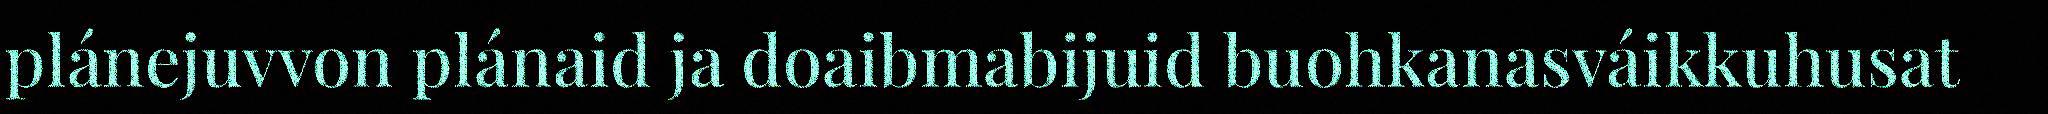
plánejuvvon plánaid ja doaibmabijuid buohkanasváikkuhusat